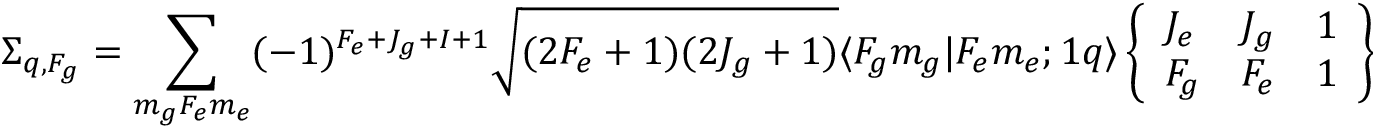
\Sigma _ { q , F _ { g } } = \sum _ { m _ { g } F _ { e } m _ { e } } ( - 1 ) ^ { F _ { e } + J _ { g } + I + 1 } \sqrt { ( 2 F _ { e } + 1 ) ( 2 J _ { g } + 1 ) } \langle F _ { g } m _ { g } | F _ { e } m _ { e } ; 1 q \rangle \left\{ \begin{array} { l l l } { J _ { e } } & { J _ { g } } & { 1 } \\ { F _ { g } } & { F _ { e } } & { 1 } \end{array} \right\} | F _ { g } m _ { g } \rangle \langle F _ { e } m _ { e } | .